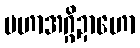
မဟာအဂ္ဂိဍာဟော